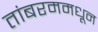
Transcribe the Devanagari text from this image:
तांबरममधून